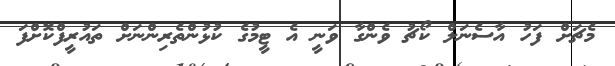
މެޗަށް ފަހު އާސެނަލް ކޯޗު ވެންގާ ވަނީ އެ ޓީމުގެ ކުޅުންތެރިންނަށް ތައުރީފްކޮށްފަ